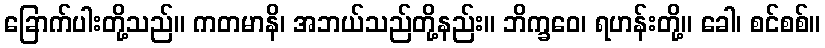
ခြောက်ပါးတို့သည်။ ကတမာနိ၊ အဘယ်သည်တို့နည်း။ ဘိက္ခဝေ၊ ရဟန်းတို့။ ခေါ၊ စင်စစ်။